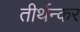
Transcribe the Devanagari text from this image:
तीर्थन्कर